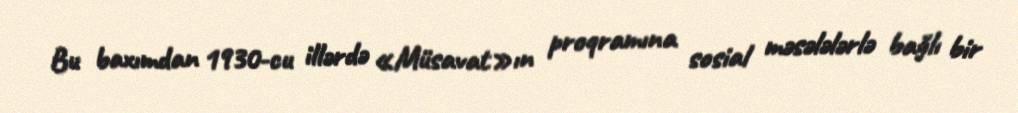
Bu baxımdan 1930-cu illərdə «Müsavat»ın proqramına sosial məsələlərlə bağlı bir